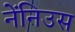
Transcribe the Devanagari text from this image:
नेंनिउस